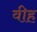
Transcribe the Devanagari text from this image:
वीह